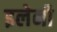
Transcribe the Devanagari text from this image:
इलेनी